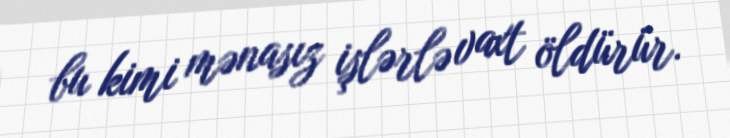
bu kimi mənasız işlərlə vaxt öldürür.